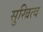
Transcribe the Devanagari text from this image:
सुखित्व